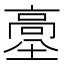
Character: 𩫊